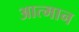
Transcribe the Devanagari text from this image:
आत्मान